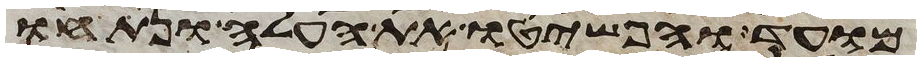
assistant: מועד והפשיטו את העלה ונתחו